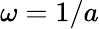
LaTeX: \omega=1/a